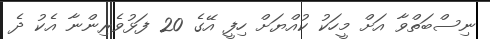
ނިސްބަތްވާ އަށް މީހަކު ކުއްޔަށް ހިފީ އޭގެ 20 ފަޅުވެރިންނާ އެކު ދެ